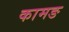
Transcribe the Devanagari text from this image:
कामङ